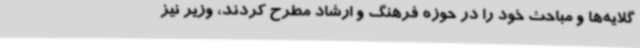
گلایه‌ها و مباحث خود را در حوزه فرهنگ و ارشاد مطرح کردند، وزیر نیز